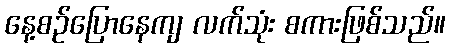
နေ့စဉ်ပြောနေကျ လက်သုံး စကားဖြစ်သည်။